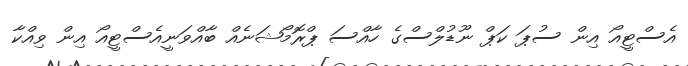
އެސްޓީއޯ އިން ސުޕަ ކަޕް ނޫޑުލްސްގެ ހާއްސަ ޕްރޮމޯޝަނެއް ބާއްވަނީއެސްޓީއޯ އިން ވިއްކާ